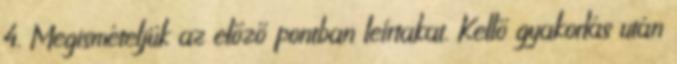
4. Megismételjük az előző pontban leírtakat. Kellő gyakorlás után